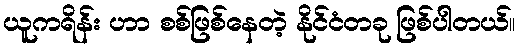
ယူကရိန်း ဟာ စစ်ဖြစ်နေတဲ့ နိုင်ငံတခု ဖြစ်ပါတယ်။